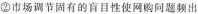
②市场调节固有的盲目性使网购问题频出